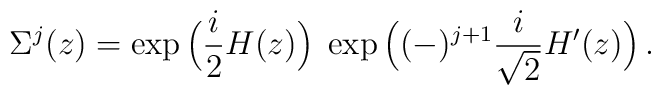
\Sigma^{j}(z)=\exp\Big({i\over 2}H(z)\Big)\;\exp\Big((-)^{j+1}{i\over\sqrt2}{H'}(z)\Big)\,.